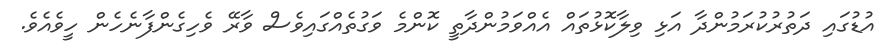
އުޑުގައި ދަތުރުކުރަމުންދާ އަޅި ވިލާކޮޅުތައް އެއްވަމުންދާތީ ކޮންމެ ވަގުތެއްގައިވެސް ވާރޭ ވެހިގެންފާނެހެން ހީވެއެވެ.